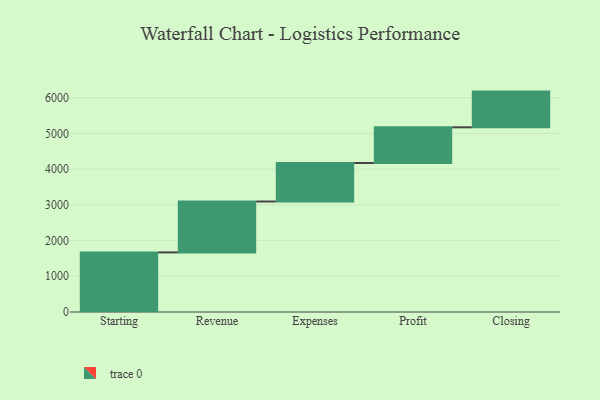
{"axis": {"x": "Step", "y": "Value"}, "legend": [""], "data": [{"x": "Starting", "y": 1669.0, "type": ""}, {"x": "Revenue", "y": 1425.0, "type": ""}, {"x": "Expenses", "y": 1078.0, "type": ""}, {"x": "Profit", "y": 1000, "type": ""}, {"x": "Closing", "y": 1000, "type": ""}]}